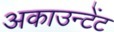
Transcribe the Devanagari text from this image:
अकाउन्टेंट